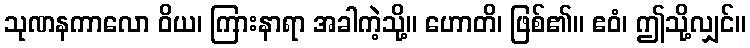
သုဏနကာလော ဝိယ၊ ကြားနာရာ အခါကဲ့သို့။ ဟောတိ၊ ဖြစ်၏။ ဧဝံ၊ ဤသို့လျှင်။